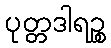
ပုတ္တဒါရဉ္စ